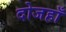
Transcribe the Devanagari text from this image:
दोजहाँ